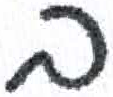
אות: ב